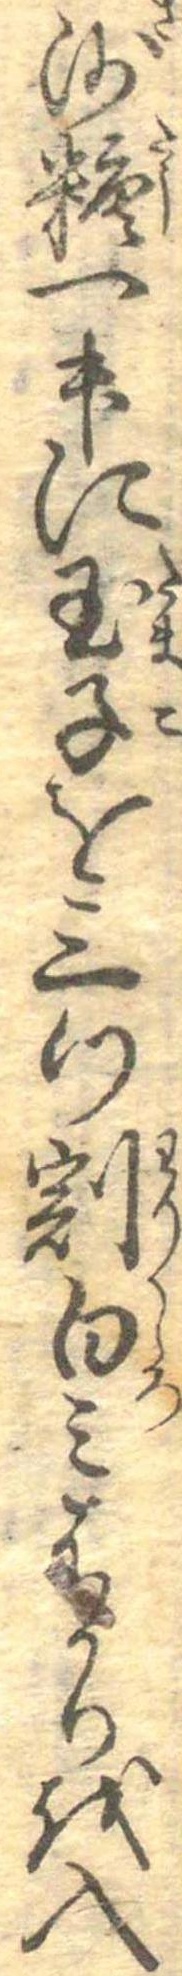
沙糖一升に玉子を三つ割白みはかりを入